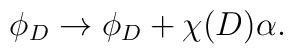
\phi_D \rightarrow \phi_D + \chi(D) \alpha.